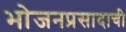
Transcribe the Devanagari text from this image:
भोजनप्रसादाची